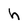
Character: h